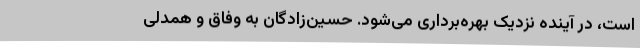
است، در آینده نزدیک بهره‌برداری می‌شود. حسین‌زادگان به وفاق و همدلی